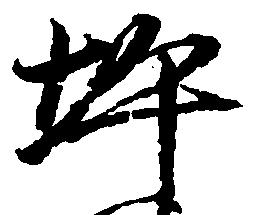
坪